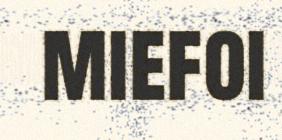
miefoi